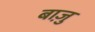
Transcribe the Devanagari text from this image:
बाज़ु